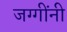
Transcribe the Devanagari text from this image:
जग्गींनी